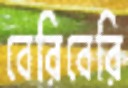
বেরিবেরি